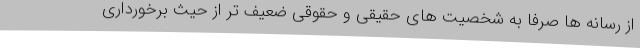
از رسانه ها صرفا به شخصیت های حقیقی و حقوقی ضعیف تر از حیث برخورداری